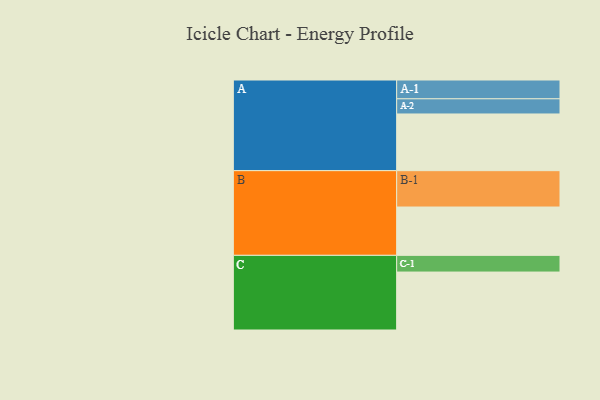
{"axis": {"x": "Segment", "y": "Value"}, "legend": ["", "A", "B", "C"], "data": [{"x": "A", "y": 407, "type": ""}, {"x": "B", "y": 347, "type": ""}, {"x": "C", "y": 416, "type": ""}, {"x": "A-1", "y": 135, "type": "A"}, {"x": "A-2", "y": 109, "type": "A"}, {"x": "B-1", "y": 261, "type": "B"}, {"x": "C-1", "y": 120, "type": "C"}]}